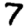
Digit: 7